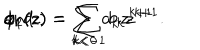
\phi _ { 1 } ( z ) = \sum _ { k < 0 } a _ { k } z ^ { k + 1 } \hspace { 0 . 3 i n } \mathrm { a n d } \hspace { 0 . 3 i n } \phi _ { 2 } ( z ) = \sum _ { k < - 1 } b _ { k } z ^ { k + 1 } .